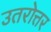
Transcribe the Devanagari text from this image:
उतरोत्तर